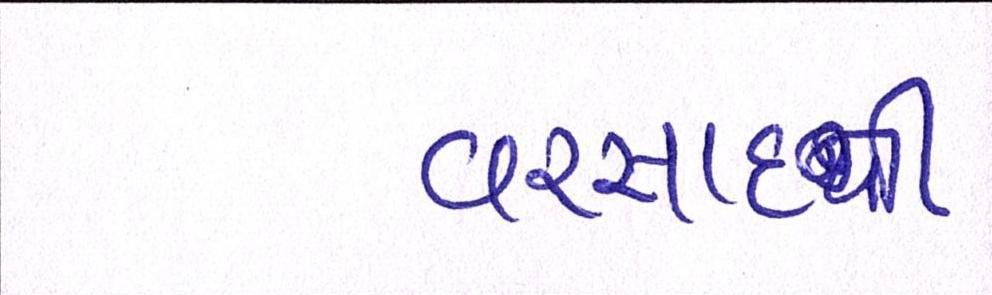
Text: વરસાદની